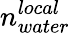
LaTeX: n_{water}^{local}